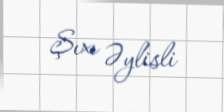
Şıxı Əylisli